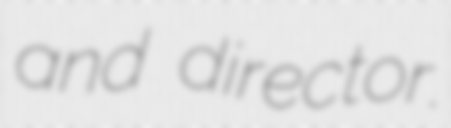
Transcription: and director.